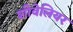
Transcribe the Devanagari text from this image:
शीवेलियर